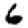
Digit: 6